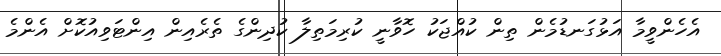
އެހެންވީމާ އަޅުގަނޑުމެން ތިން ކުއްޖަކު ހޮވާނީ ކުރިމަތިލާ ކުދިންގެ ތެރެއިން އިންޓަވިއުކޮށް އެންމެ